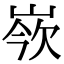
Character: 𡸛